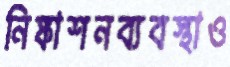
নিষ্কাশনব্যবস্থাও